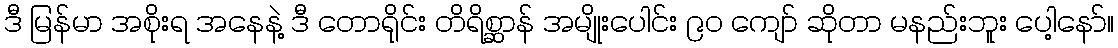
ဒီ မြန်မာ အစိုးရ အနေနဲ့ ဒီ တောရိုင်း တိရိစ္ဆာန် အမျိုးပေါင်း ၉၀ ကျော် ဆိုတာ မနည်းဘူး ပေါ့နော်။